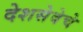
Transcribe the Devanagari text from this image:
देशसेवेचे